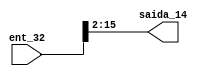
module separador6
(ent_32,saida_14);
input [31:0] ent_32;
output wire [13:0] saida_14;
assign saida_14 = ent_32[15:2];
endmodule